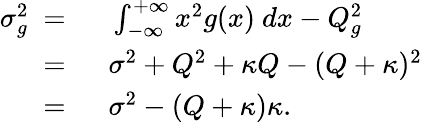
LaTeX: \begin{array}{rl}{\sigma_{g}^{2}\ =\ }&{{}\int_{-\infty}^{+\infty}x^{2}g(x)\ dx-Q_{g}^{2}}\\ {\ =\ }&{{}\sigma^{2}+Q^{2}+\kappa Q-(Q+\kappa)^{2}}\\ {\ =\ }&{{}\sigma^{2}-(Q+\kappa)\kappa.}\end{array}